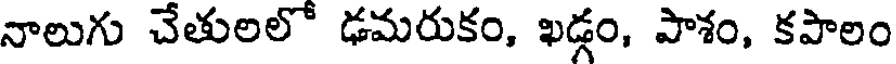
నాలుగు చేతులలో ఢమరుకం, ఖడ్గం, పాశం, కపాలం